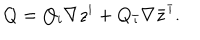
Q = Q _ { i } \nabla z ^ { i } + Q _ { \bar { \imath } } \nabla \bar { z } ^ { \bar { \imath } } .